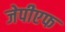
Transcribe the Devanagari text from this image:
जेपीएफ